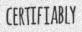
CERTIFIABLY